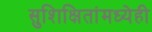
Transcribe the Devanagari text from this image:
सुशिक्षितांमध्येही